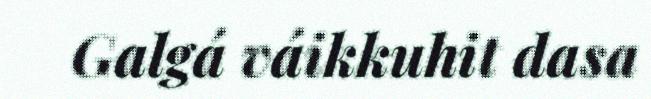
Galgá váikkuhit dasa